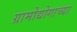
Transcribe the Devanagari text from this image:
ग्रामोद्योगाच्या